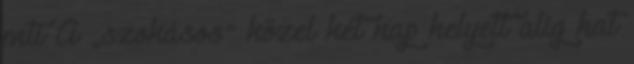
mti A „szokásos” közel két nap helyett alig hat